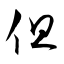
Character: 但